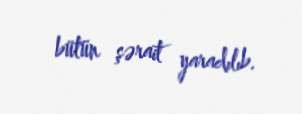
bütün şərait yaradılıb.